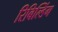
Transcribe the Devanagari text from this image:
रिबिल्डिंग